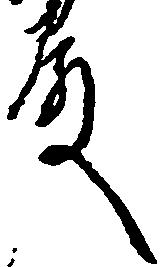
殿